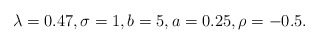
\begin{align*} \lambda=0.47, \sigma =1, b=5, a=0.25, \rho =-0.5.\end{align*}